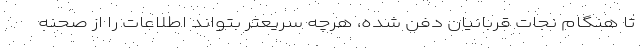
تا هنگام نجات قربانیان دفن شده، هرچه سریعتر بتواند اطلاعات را از صحنه